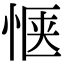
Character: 惬